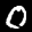
Label: 0